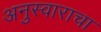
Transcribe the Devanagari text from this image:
अनुस्वाराचा